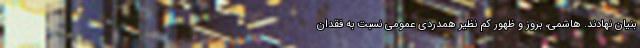
بنیان نهادند. هاشمی، بروز و ظهور کم نظیر همدردی عمومی نسبت به فقدان